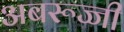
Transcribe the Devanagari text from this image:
अबरूज्जी